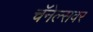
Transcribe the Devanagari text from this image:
चॅनेल्सवर